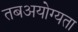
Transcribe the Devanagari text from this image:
तबअयोग्यता